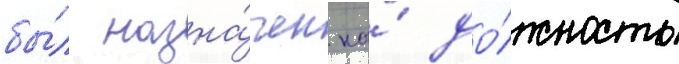
бы́л назна́чен на́ до́лжность